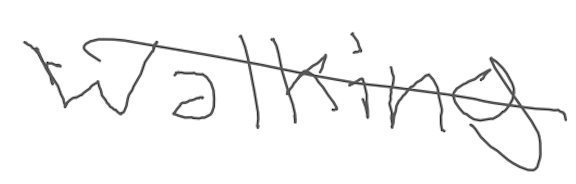
Text: walking
Cross-out: single-line
Writing tool: digital_gray